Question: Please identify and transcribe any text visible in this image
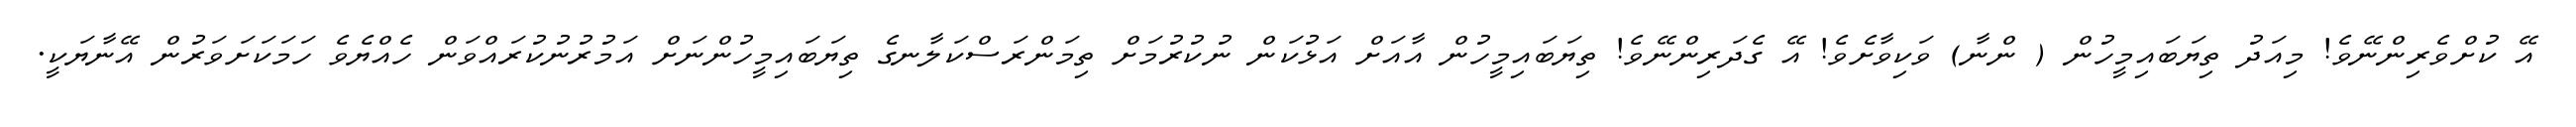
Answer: އޭ ކުށްވެރިންނޭވެ! މިއަދު ތިޔަބައިމީހުން ( ންނާ) ވަކިވާށެވެ! އޭ ގެދަރިންނޭވެ! ތިޔަބައިމީހުން އާއަށް އަޅުކަން ނުކުރުމަށް ތިމަންރަސްކަލާނގެ ތިޔަބައިމީހުންނަށް އަމުރުނުކުރައްވަން ހެއްޔެވެ ހަމަކަށަވަރުން އޭނާޔަކީ.